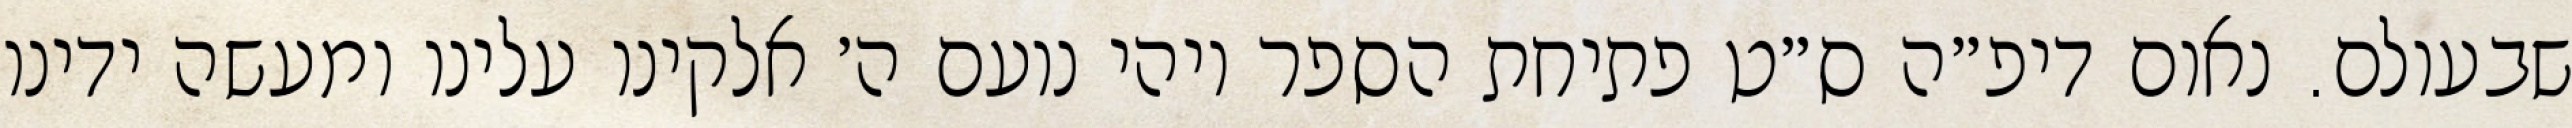
שבעולם. נאום דיפ״ה ס״ט פתיחת הספר ויהי נועם ה׳ אלקינו עלינו ומעשה ידינו